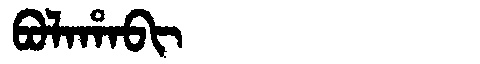
Manchu: ᠪᠣᠯᠠᡥᠠᠪᡳ
Romanization: BOLAHABI